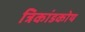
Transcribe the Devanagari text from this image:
त्रिकांडकोष